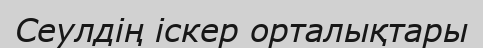
Сеулдің іскер орталықтары